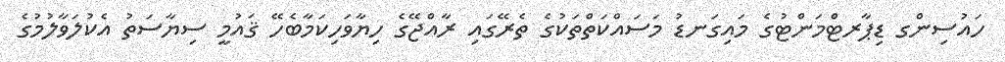
ހައުސިންގ ޑިޕާރޓްމަންޓުގެ މައިގަނޑު މަސައްކަތްތަކުގެ ތެރޭގައި ރާއްޖޭގެ ހިޔާވަހިކަމާބެހޭ ޤައުމީ ސިޔާސަތު އެކުލަވާލުމުގެ